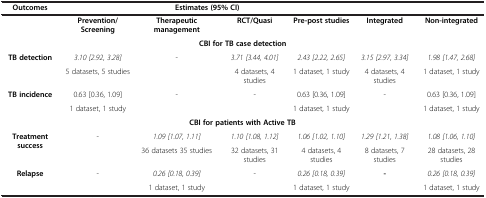
| Outcomes | <COLSPAN=4> Estimates (95% CI) |  |  |
 | --- | --- | --- | --- | --- | --- | --- |
 |  | Prevention/Screening | Therapeutic management | RCT/Quasi | Pre-post studies | Integrated | Non-integrated |
 | <COLSPAN=7> CBI for TB case detection |
 | <ROWSPAN=2> TB detection | 3.10 [2.92, 3.28] | - | 3.71 [3.44, 4.01] | 2.43 [2.22, 2.65] | 3.15 [2.97, 3.34] | 1.98 [1.47, 2.68] |
 | 5 datasets, 5 studies |  | 4 datasets, 4 studies | 1 dataset, 1 study | 4 datasets, 4 studies | 1 dataset, 1 study |
 | <ROWSPAN=2> TB incidence | 0.63 [0.36, 1.09] | - | - | 0.63 [0.36, 1.09] | - | 0.63 [0.36, 1.09] |
 | 1 dataset, 1 study |  |  | 1 dataset, 1 study |  | 1 dataset, 1 study |
 | <COLSPAN=7> CBI for patients with Active TB |
 | <ROWSPAN=2> Treatment success | <ROWSPAN=2> - | 1.09 [1.07, 1.11] | 1.10 [1.08, 1.12] | 1.06 [1.02, 1.10] | 1.29 [1.21, 1.38] | 1.08 [1.06, 1.10] |
 | 36 datasets 35 studies | 32 datasets, 31 studies | 4 datasets, 4 studies | 8 datasets, 7 studies | 28 datasets, 28 studies |
 | Relapse | - | 0.26 [0.18, 0.39] | - | 0.26 [0.18, 0.39] | - | 0.26 [0.18, 0.39] |
 |  |  | 1 dataset, 1 study |  | 1 dataset, 1 study |  | 1 dataset, 1 study |